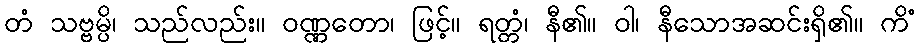
တံ သဗ္ဗမ္ပိ၊ သည်လည်း။ ဝဏ္ဏတော၊ ဖြင့်။ ရတ္တံ၊ နီ၏။ ဝါ၊ နီသောအဆင်းရှိ၏။ ကိံ